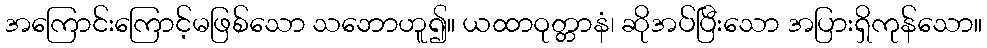
အကြောင်းကြောင့်မဖြစ်သော သဘောဟူ၍။ ယထာဝုတ္တာနံ၊ ဆိုအပ်ပြီးသော အပြားရှိကုန်သော။